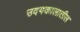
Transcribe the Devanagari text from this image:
उदयकालातील